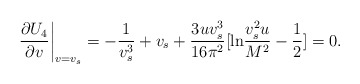
\begin{align*}\left. \frac{\partial U_{4}}{\partial v}\right|_{v=v_{s}}= -\frac{1}{v_{s}^{3}}+v_{s}+\frac{3uv_{s}^{3}}{16\pi^{2}}[{\rm ln}\frac{v_{s}^{2}u}{M^{2}}-\frac{1}{2}]=0. \end{align*}